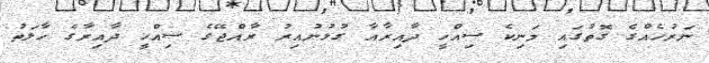
ނަރުހެއްގެ ގޮތުގައި މަނިކެ ސިއްހީ ދާއިރާއާ ގުޅުނުއިރު ރާއްޖޭގެ ސިއްހީ ދާއިރާގެ ހާލަތު